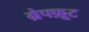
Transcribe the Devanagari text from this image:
ग्रेपफ़्रूट